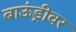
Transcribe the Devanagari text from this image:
बाऊंड्रीवर